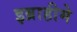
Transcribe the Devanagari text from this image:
इब्राहीमे